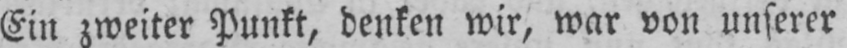
Ein zweiter Punkt, denken wir, war von unserer